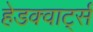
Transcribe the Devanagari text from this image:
हेडक्वार्ट्स